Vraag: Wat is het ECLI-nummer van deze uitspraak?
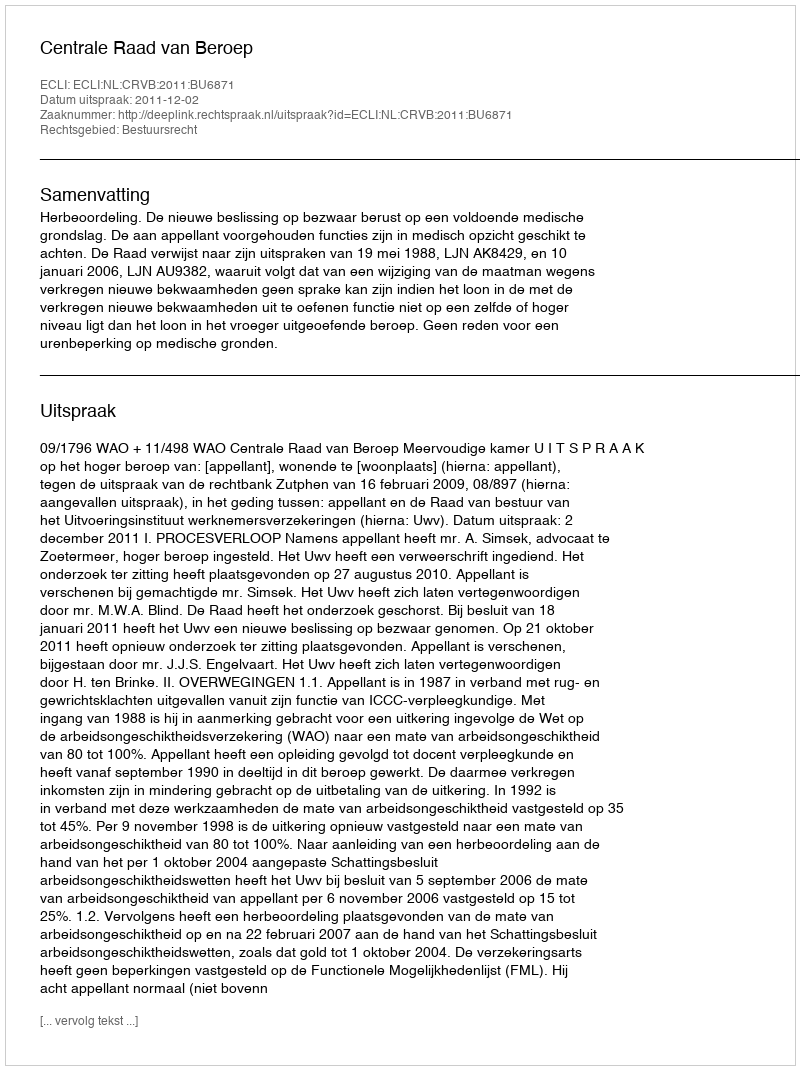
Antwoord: ECLI:NL:CRVB:2011:BU6871